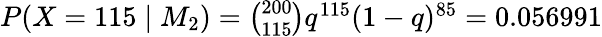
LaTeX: \textstyle P(X=115\mid M_{2})={{\binom{200}{115}}q^{115}(1-q)^{85}}=0.056991